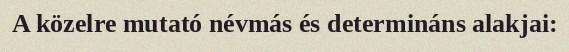
A közelre mutató névmás és determináns alakjai: